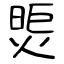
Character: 焤